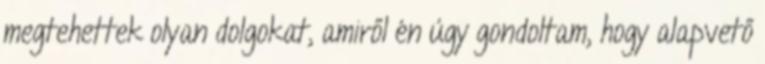
megtehettek olyan dolgokat, amiről én úgy gondoltam, hogy alapvető